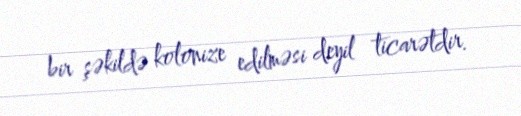
bir şəkildə kolonize edilməsi deyil ticarətdir.